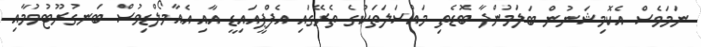
ނަމަވެސް އެކޮމިޝަނުން ބަލަމުންދާ ބޮޑެތި މައްސަލަތަކުގެ ތެރޭގައި އެފްޕީއައިޑީ އާއި އެއާމޯލްޑިވުސް ބަނގުރޫޓުވުމާއި